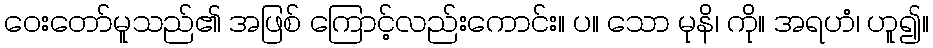
ဝေးတော်မူသည်၏ အဖြစ် ကြောင့်လည်းကောင်း။ ပ။ သော မုနိ၊ ကို။ အရဟံ၊ ဟူ၍။